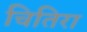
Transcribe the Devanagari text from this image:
चितिरा